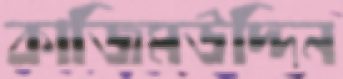
কাজিমউদ্দিন